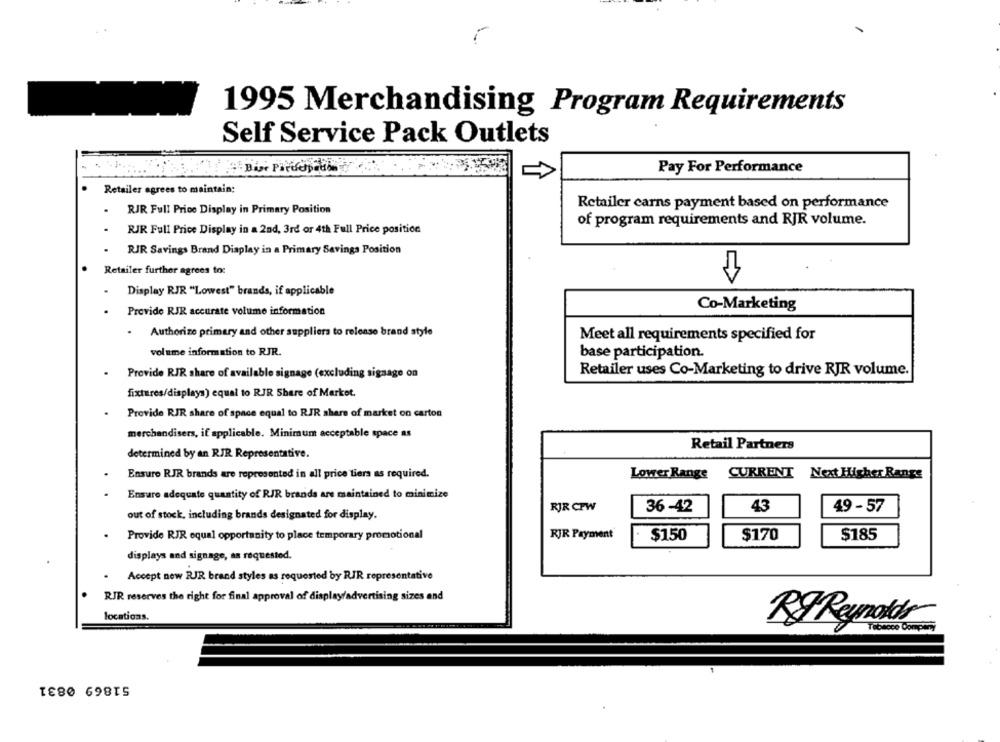
1995 Merchandising Program Requirements
Self Service Pack Outlets
Pay For Performance
Retailer agrees to maintain:
Retailer carns payment based on performance
RJR Full Price Display in Primary Position
of program requirements and RJR volume.
RJR Full Price Display in a 2nd, 3rd or 4th Full Price position
RJR Savings Brand Display in a Primary Savings Position
Retailer further agrees to:
Display RJR "Lowest" brands, if applicable
Provide RJR accurate volume information
Co-Marketing
. Authorize primary and other suppliers to release brand style
Meet all requirements specified for
volume information to RJR.
base participation.
Retailer uses Co-Marketing to drive RJR volume.
Provide RJR share of available signage (excluding signage on
fixtures/displays) equal to RJR Share of Market.
Provide RJR share of space equal to RJR share of market on carton
merchandisers, if applicable. Minimum acceptable space as
Retail Partners
determined by an RJR Representative.
Ensure RJR brands are represented in all price tiers as required.
Lower Range
CURRENT
Next Higher Rangs
Ensure adequate quantity of RJR brands are maintained to minimize
RJR CPW
36 -42
43
49 - 57
out of stock, including brands designated for display.
RJR Payment
Provide RIR equal opportunity to place temporary promotional
$150
$170
$185
displays and signage, as requested.
Accept new RJR brand styles as requested by RJR representative
.
RJR reserves the right for final approval of display advertising sizes and
locations.
Rg Reynolds
Tobacco Company
51869 0831